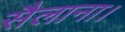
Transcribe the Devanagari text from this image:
सैलाना।